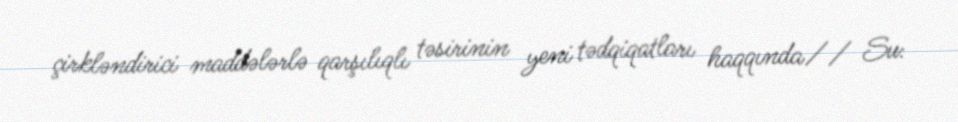
çirkləndirici maddələrlə qarşılıqlı təsirinin yeni tədqiqatları haqqında// Su: